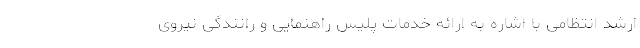
ارشد انتظامی با اشاره به ارائه خدمات پلیس راهنمایی و رانندگی نیروی